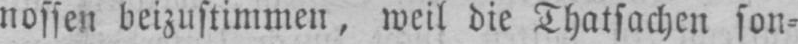
nossen beizustimmen, weil die Thatsachen son⸗